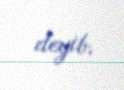
deyib.